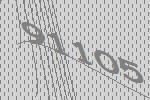
91105